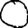
Digit: 0